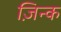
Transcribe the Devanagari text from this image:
ज़िन्क